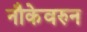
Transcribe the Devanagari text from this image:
नौकेवरुन